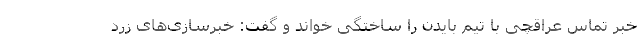
خبر تماس عراقچی با تیم بایدن را ساختگی خواند و گفت: خبرسازی‌های زرد